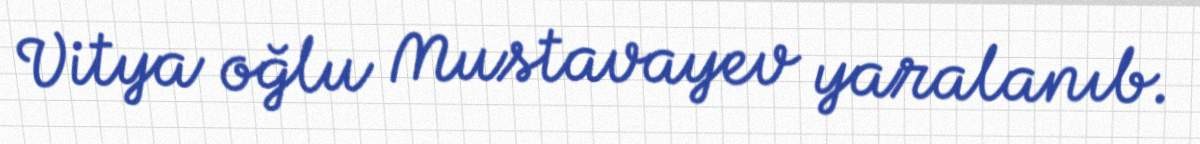
Vitya oğlu Mustavayev yaralanıb.